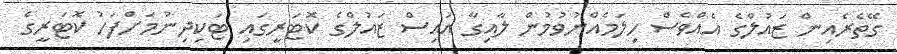
ގޭތެރެއިން ޒައުލްގެ އެއްވެސް ހިލަމެއްނުވުމުން ލާއިގާ އައިސް ޒައުލްގެ ކޮޓަރީގައި ޓަކިދިނުމަށްފަހު ކޮޓަރީގެ